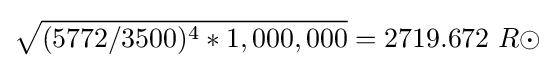
{\sqrt {(5772/3500)^{4}*1,000,000}}=2719.672\ R\odot